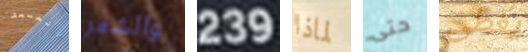
المسعف والشعر 239 لماذا حتى يغطى